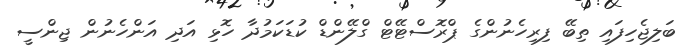
ބަލިޖެހިފައި ތިބޭ ފިރިހެނުންގެ ޕްރޮސްޓޭޓް ގްލޭންޑް ކުޑަކަމުދާ ހޮޅި އަދި އަންހެނުން ޖިންސީ